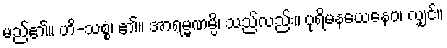
မည်၏။ ဟိ-သစ္စံ၊ ၏။ အာရမ္မဏမ္ပိ၊ သည်လည်း။ ပုရိမနယေနေဝ၊ လျှင်။